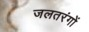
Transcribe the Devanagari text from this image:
जलतरंगों